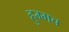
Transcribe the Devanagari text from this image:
हुम्मच